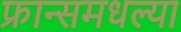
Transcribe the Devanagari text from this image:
फ्रान्समधल्या